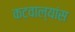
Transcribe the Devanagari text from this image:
कटवाल्यांस